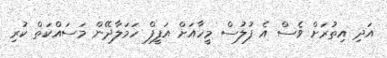
އަދި އިތުރަށް ވެސް އެ ފުލުސް މީހާއަށް އަފީފް ހަމަލާދޭން މަސައްކަތް ކުރި